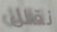
نقلل